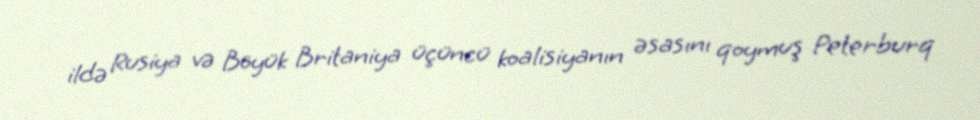
ildə Rusiya və Böyük Britaniya üçüncü koalisiyanın əsasını qoymuş Peterburq